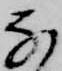
な